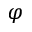
\varphi